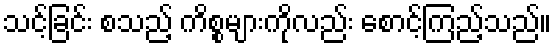
သင့်ခြင်း စသည့် ကိစ္စများကိုလည်း စောင့်ကြည့်သည်။